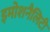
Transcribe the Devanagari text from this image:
इमोशनैलिटी